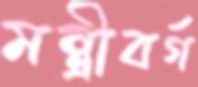
মন্ত্রীবর্গ